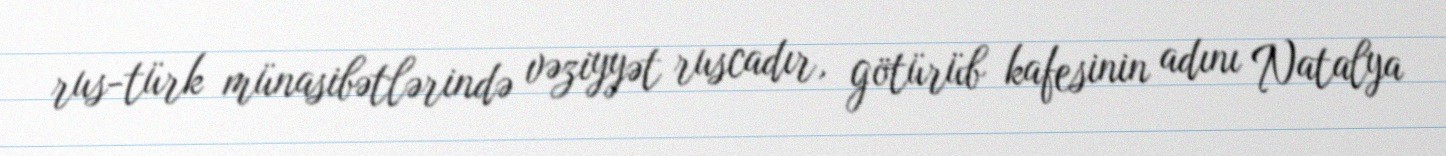
rus-türk münasibətlərində vəziyyət ruscadır, götürüb kafesinin adını Natalya